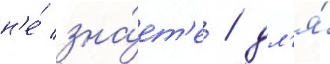
н'е́ зна́ет'е / дл'я́